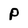
Character: P